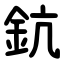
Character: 鈧